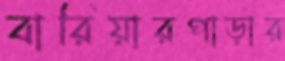
বারিয়ারপাড়ার